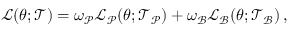
\begin{array} { r } { \mathcal { L } ( \boldsymbol { \theta } ; \mathcal { T } ) = \omega _ { \mathcal { P } } \mathcal { L } _ { \mathcal { P } } ( \boldsymbol { \theta } ; \mathcal { T } _ { \mathcal { P } } ) + \omega _ { \mathcal { B } } \mathcal { L } _ { \mathcal { B } } ( \boldsymbol { \theta } ; \mathcal { T } _ { \mathcal { B } } ) \, , } \end{array}